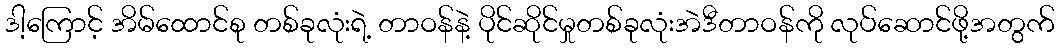
ဒါ့ကြောင့် အိမ်ထောင်စု တစ်ခုလုံးရဲ့ တာဝန်နဲ့ ပိုင်ဆိုင်မှုတစ်ခုလုံးအဲဒီတာဝန်ကို လုပ်ဆောင်ဖို့အတွက်